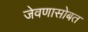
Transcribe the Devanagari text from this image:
जेवणासोबत